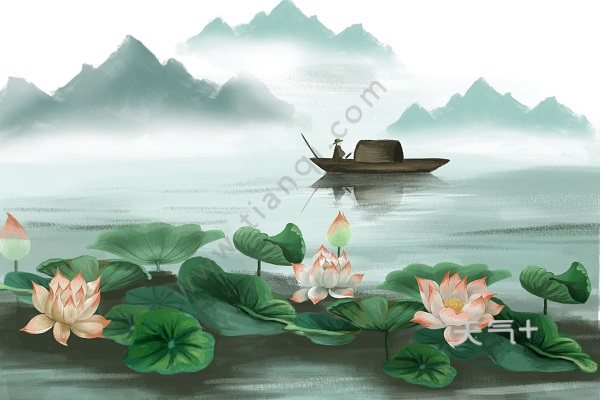
荷花开后西湖好，载酒来时。